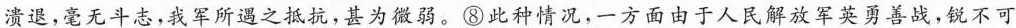
溃退，毫无斗志，我军所遇之抵抗，甚为微弱。⑧此种情况，-方面由于人民解放军英勇善战，锐不可